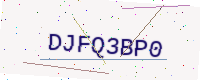
Text: DJFQ3BP0